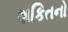
શકિતનો